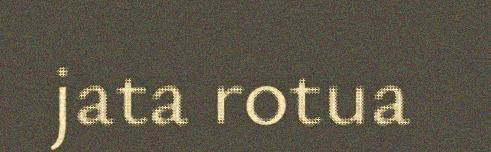
jata rotua